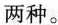
两种。